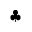
\clubsuit